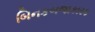
બિનકબજાકારક